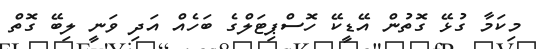
މިކަމާ ގުޅޭ ގޮތުން އޭޑީކޭ ހޮސްޕިޓަލްގެ ބަހެއް އަދި ވަނީ ލިބޭ ގޮތް